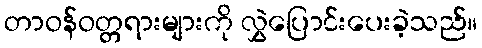
တာဝန်ဝတ္တရားများကို လွှဲပြောင်းပေးခဲ့သည်။